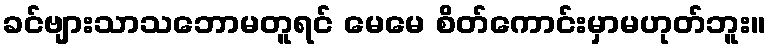
ခင်ဗျားသာသဘောမတူရင် မေမေ စိတ်ကောင်းမှာမဟုတ်ဘူး။